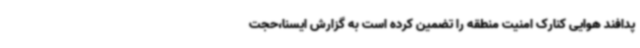
پدافند هوایی کنارک امنیت منطقه را تضمین کرده است به گزارش ایسنا،حجت